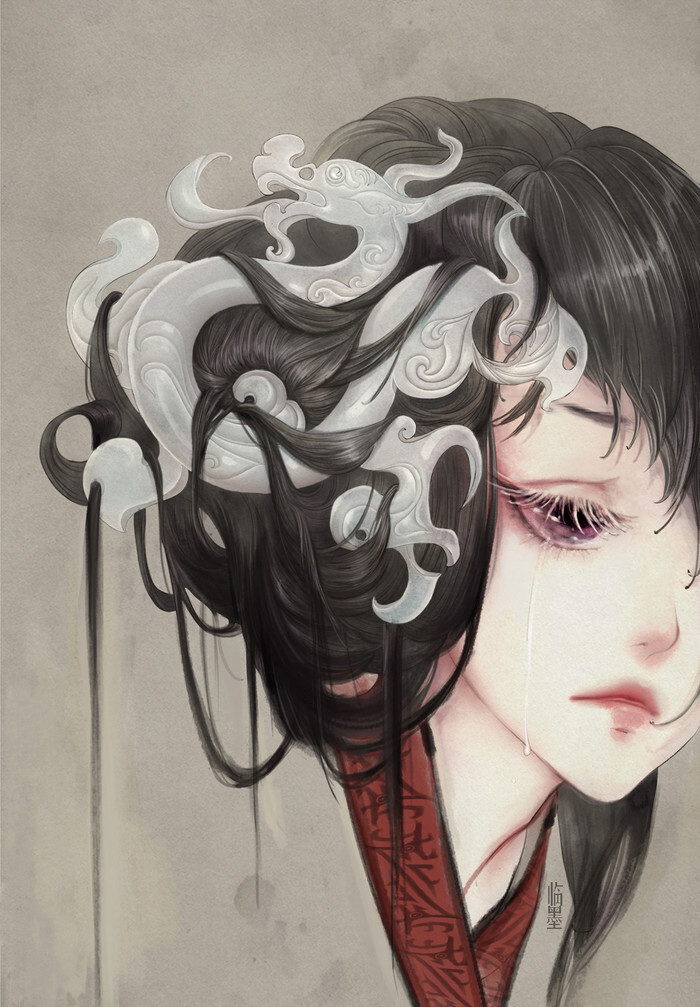
芙蓉如面柳如眉，对此如何不泪垂。